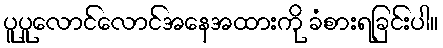
ပူပူလောင်လောင်အနေအထားကို ခံစားရခြင်းပါ။